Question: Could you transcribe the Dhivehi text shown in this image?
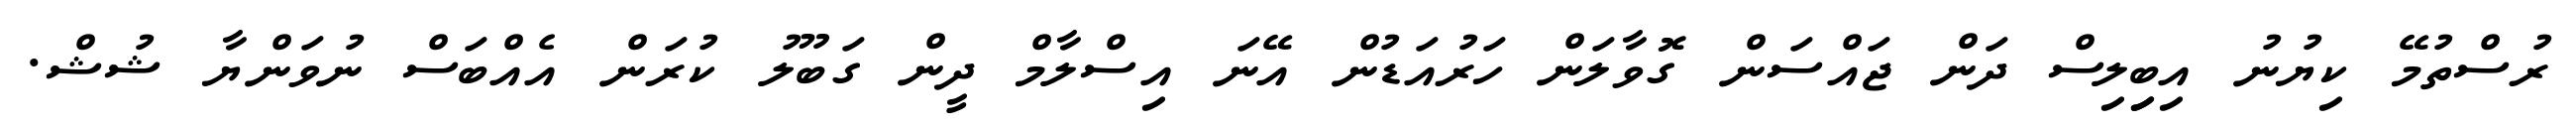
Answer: ރުސްތުމޭ ކިޔުނު އިބިިލިސް ދަން ޖައްސަން ގޮވާލަން ހަރުއަޑުން އޭނަ އިސްލާމް ދީން ގަބޫލު ކުރަން އެއްބަސް ނުވަންޔާ ޝުޝް.